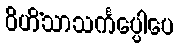
ဝိဟိံသာသင်္ကပ္ပေါပေ